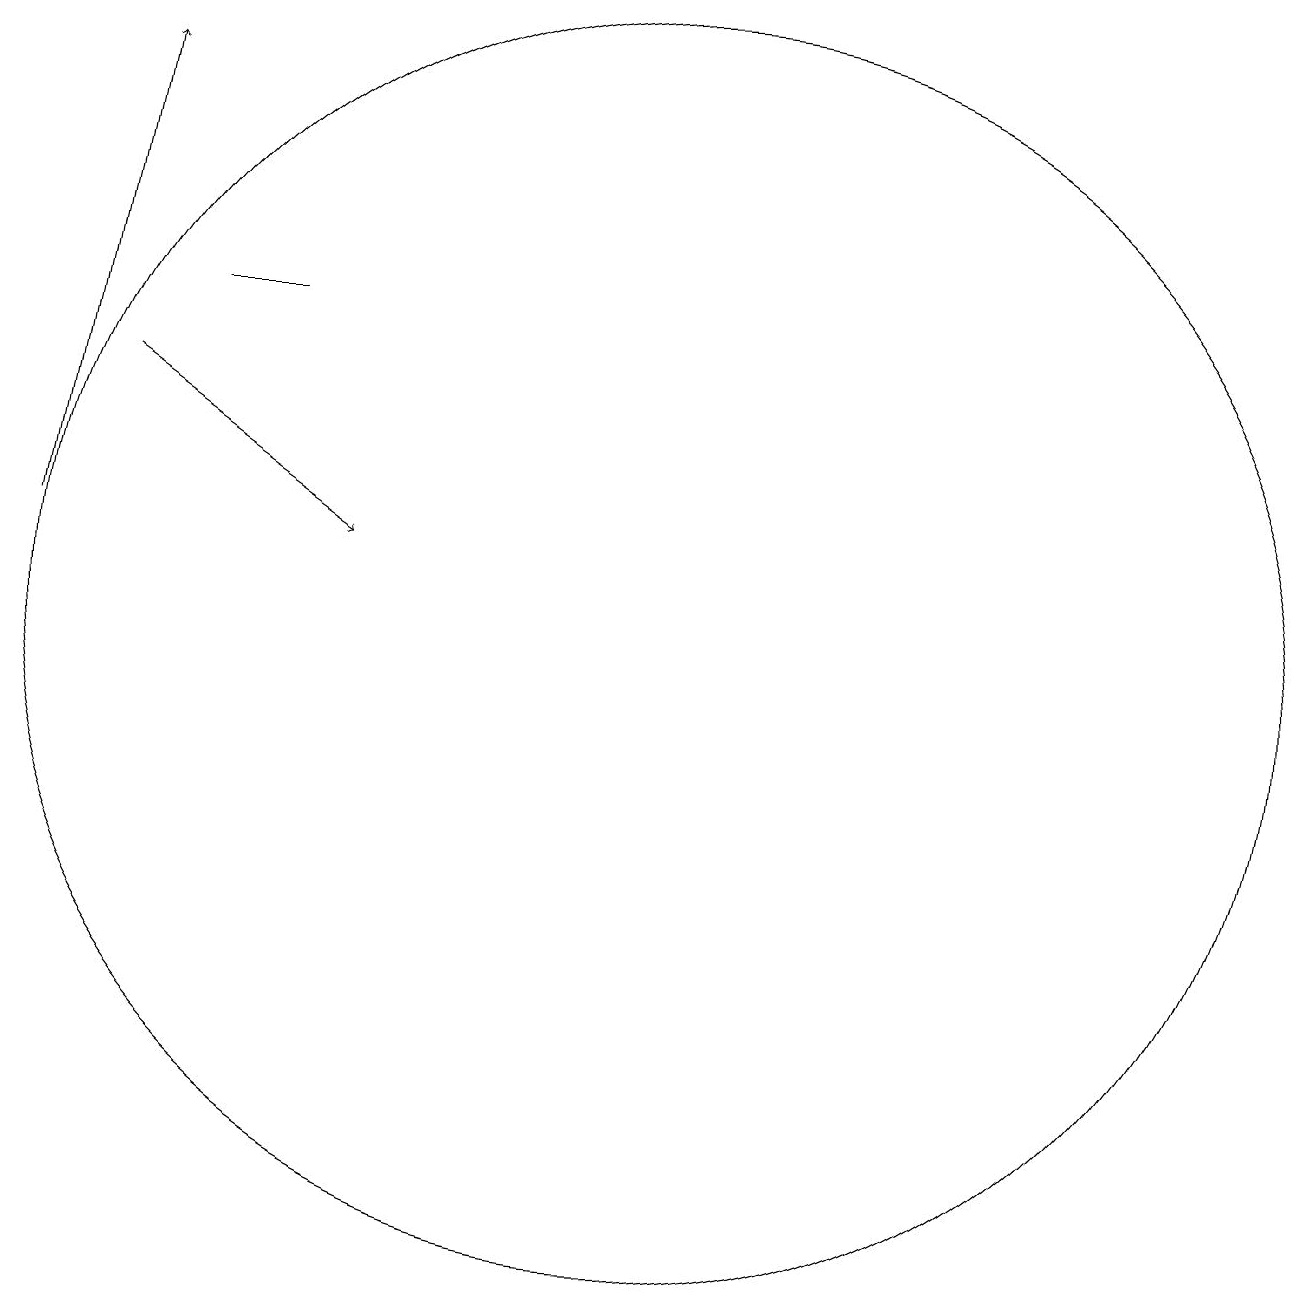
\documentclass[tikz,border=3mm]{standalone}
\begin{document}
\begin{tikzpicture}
\draw[->] (3,11) -- (4,17);
\draw (5,14) rectangle (6,14);
\draw[->] (4,13) -- (7,11);
\draw (11,10) circle (8);
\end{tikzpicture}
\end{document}